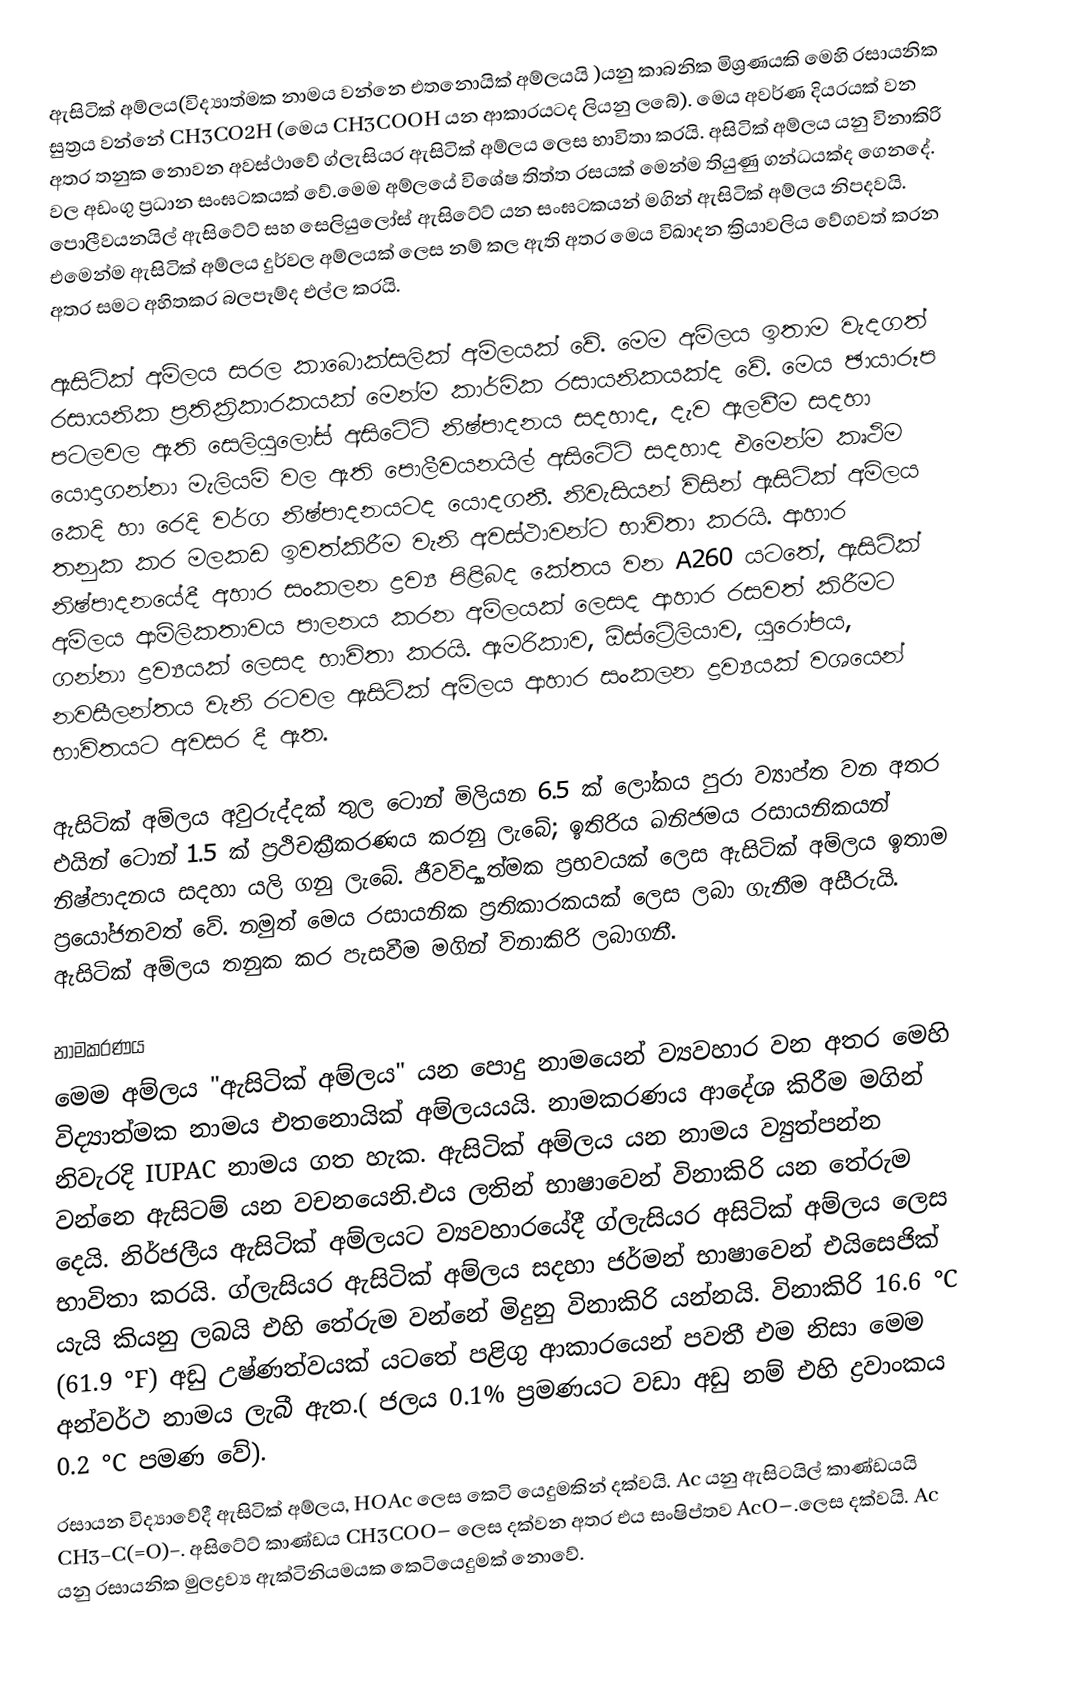
ඇසිටික් අම්ලය(විද්‍යාත්මක නාමය වන්නෙ එතනොයික් අම්ලයයි )යනු කාබනික මිශ්‍රණයකි මෙහි රසායනික සුත්‍රය වන්නේ CH3CO2H (මෙය CH3COOH යන ආකාරයටද ලියනු ලබේ). මෙය අවර්ණ දියරයක් වන අතර තනුක නොවන අවස්ථාවේ ග්ලැසියර ඇසිටික් අම්ලය ලෙස භාවිතා කරයි. අසිටික් අම්ලය යනු  විනාකිරි වල අඩංගු ප්‍රධාන සංඝටකයක් වේ.මෙම අම්ලයේ විශේෂ තිත්ත රසයක් මෙන්ම තියුණු ගන්ධයක්ද ගෙනදේ. පොලීවයනයිල් ඇසිටේට් සහ සෙලියුලෝස් ඇසිටේට් යන සංඝටකයන් මගින් ඇසිටික් අම්ලය නිපදවයි. එමෙන්ම ඇසිටික් අම්ලය දුර්වල අම්ලයක් ලෙස නම් කල ඇති අතර මෙය විඛාදන ක්‍රියාවලිය වේගවත් කරන අතර සමට අහිතකර බලපෑම්ද එල්ල කරයි.

ඇසිටික් අම්ලය සරල කාබොක්සලික් අම්ලයක් වේ. මෙම අම්ලය ඉතාම වැදගත් රසායනික ප්‍රතික්‍රිකාරකයක් මෙන්ම කාර්මික රසායනිකයක්ද වේ. මෙය ඡායාරූප පටලවල ඇති සෙලියුලෝස් අසිටේට් නිෂ්පාදනය සදහාද, දැව ඇලවීම සදහා යොදාගන්නා මැලියම් වල ඇති පොලීවයනයිල් අසිටේට් සදහාද එමෙන්ම කෘථිම කෙදි හා රෙදි වර්ග නිෂ්පාදනයටද යොදගනී. නිවැසියන් විසින් ඇසිටික් අම්ලය තනුක කර මලකඩ ඉවත්කිරීම වැනි අවස්ථාවන්ට භාවිතා කරයි. ආහාර නිෂ්පාදනයේදී අහාර සංකලන ද්‍රව්‍ය පිළිබද කේතය වන A260 යටතේ, ඇසිටික් අම්ලය ආම්ලිකතාවය පාලනය කරන අම්ලයක් ලෙසද ආහාර රසවත් කිරීමට ගන්නා ද්‍රව්‍යයක් ලෙසද  භාවිතා කරයි. ඇමරිකාව, ඕස්ට්‍රේලියාව, යුරෝපය, නවසීලන්තය වැනි රටවල ඇසිටික් අම්ලය ආහාර සංකලන ද්‍රව්‍යයක් වශයෙන් භාවිතයට අවසර දී ඇත.

ඇසිටික් අම්ලය අවුරුද්දක් තුල ටොන් මිලියන 6.5 ක් ලෝකය පුරා ව්‍යාප්ත වන අතර එයින් ටොන් 1.5 ක් ප්‍රථිචක්‍රීකරණය කරනු ලැබේ; ඉතිරිය ඛනිජමය රසායනිකයන් නිෂ්පාදනය සදහා යලි ගනු ලැබේ. ජීවවිද්‍යාත්මක ප්‍රභවයක් ලෙස ඇසිටික් අම්ලය ඉතාම ප්‍රයෝජනවත් වේ. නමුත් මෙය රසායනික ප්‍රතිකාරකයක් ලෙස ලබා ගැනීම අසීරුයි. ඇසිටික් අම්ලය තනුක කර පැසවීම මගින් විනාකිරි ලබාගනී.

නාමකරණය
මෙම අම්ලය "ඇසිටික් අම්ලය" යන පොදු නාමයෙන් ව්‍යවහාර වන අතර මෙහි විද්‍යාත්මක නාමය එතනොයික් අම්ලයයයි. නාමකරණය ආදේශ කිරීම මගින් නිවැරදි  IUPAC නාමය ගත හැක. ඇසිටික් අම්ලය යන නාමය ව්‍යුත්පන්න වන්නෙ ඇසිටම් යන වචනයෙනි.එය ලතින් භාෂාවෙන් විනාකිරි යන තේරුම දෙයි. නිර්ජලීය ඇසිටික් අම්ලයට ව්‍යවහාරයේදී ග්ලැසියර අසිටික් අම්ලය ලෙස භාවිතා කරයි. ග්ලැසියර ඇසිටික් අම්ලය සදහා ජර්මන් භාෂාවෙන් එයිසෙජික් යැයි කියනු ලබයි එහි තේරුම වන්නේ මිදුනු විනාකිරි යන්නයි. විනාකිරි 16.6 °C (61.9 °F) අඩු උෂ්ණත්වයක් යටතේ පළිගු ආකාරයෙන් පවතී එම නිසා මෙම අන්වර්ථ නාමය ලැබී ඇත.( ජලය 0.1%  ප්‍රමණයට වඩා අඩු නම් එහි ද්‍රවාංකය 0.2 °C පමණ වේ).
රසායන විද්‍යාවේදී ඇසිටික් අම්ලය, HOAc ලෙස කෙටි යෙදුමකින් දක්වයි. Ac යනු ඇසිටයිල් කාණ්ඩයයි CH3−C(=O)−. අසිටේට් කාණ්ඩය CH3COO–  ලෙස දක්වන අතර එය සංෂිප්තව AcO–.ලෙස දක්වයි. Ac යනු රසායනික මුලද්‍රව්‍ය ඇක්ටිනියමයක කෙටියෙදුමක් නොවේ.